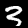
Label: 3